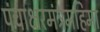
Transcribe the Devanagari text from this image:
पंचाक्षरमंत्रमहिमा